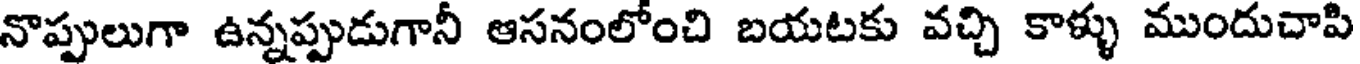
నొప్పులుగా ఉన్నప్పుడుగానీ ఆసనంలోంచి బయటకు వచ్చి కాళ్ళు ముందుచాపి